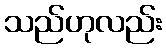
သည်ဟုလည်း